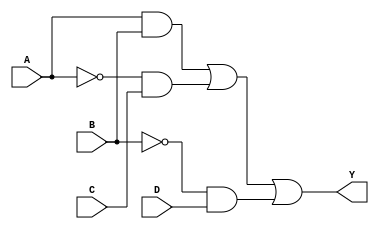
module sop_simplification (
    input wire A,     // Input variable A
    input wire B,     // Input variable B
    input wire C,     // Input variable C
    input wire D,     // Input variable D
    output wire Y     // Output representing the simplified SOP expression
);

// Intermediate signals for product terms
wire AB;         // AND gate output for AB
wire A_not;      // NOT gate output for A
wire C_not;      // NOT gate output for C
wire B_not;      // NOT gate output for B
wire D_not;      // NOT gate output for D
wire A_notC;     // AND gate output for A'C
wire B_notD;     // AND gate output for B'D

// NOT gate implementations
assign A_not = ~A; // A'
assign B_not = ~B; // B'
assign C_not = ~C; // C'
assign D_not = ~D; // D'

// AND gate implementations for product terms
assign AB = A & B; // AB
assign A_notC = A_not & C; // A'C
assign B_notD = B_not & D; // B'D

// Final OR gate to combine product terms
assign Y = AB | A_notC | B_notD; // Y = AB + A'C + B'D

endmodule